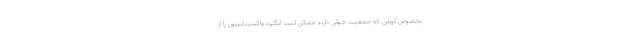
بخصوص آنهایی که جمعیت جوانی دارند ممکن است انگیزه واکسیناسیون را از